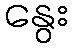
နွေး